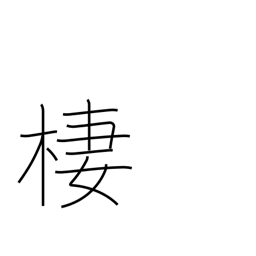
Meaning: dwell